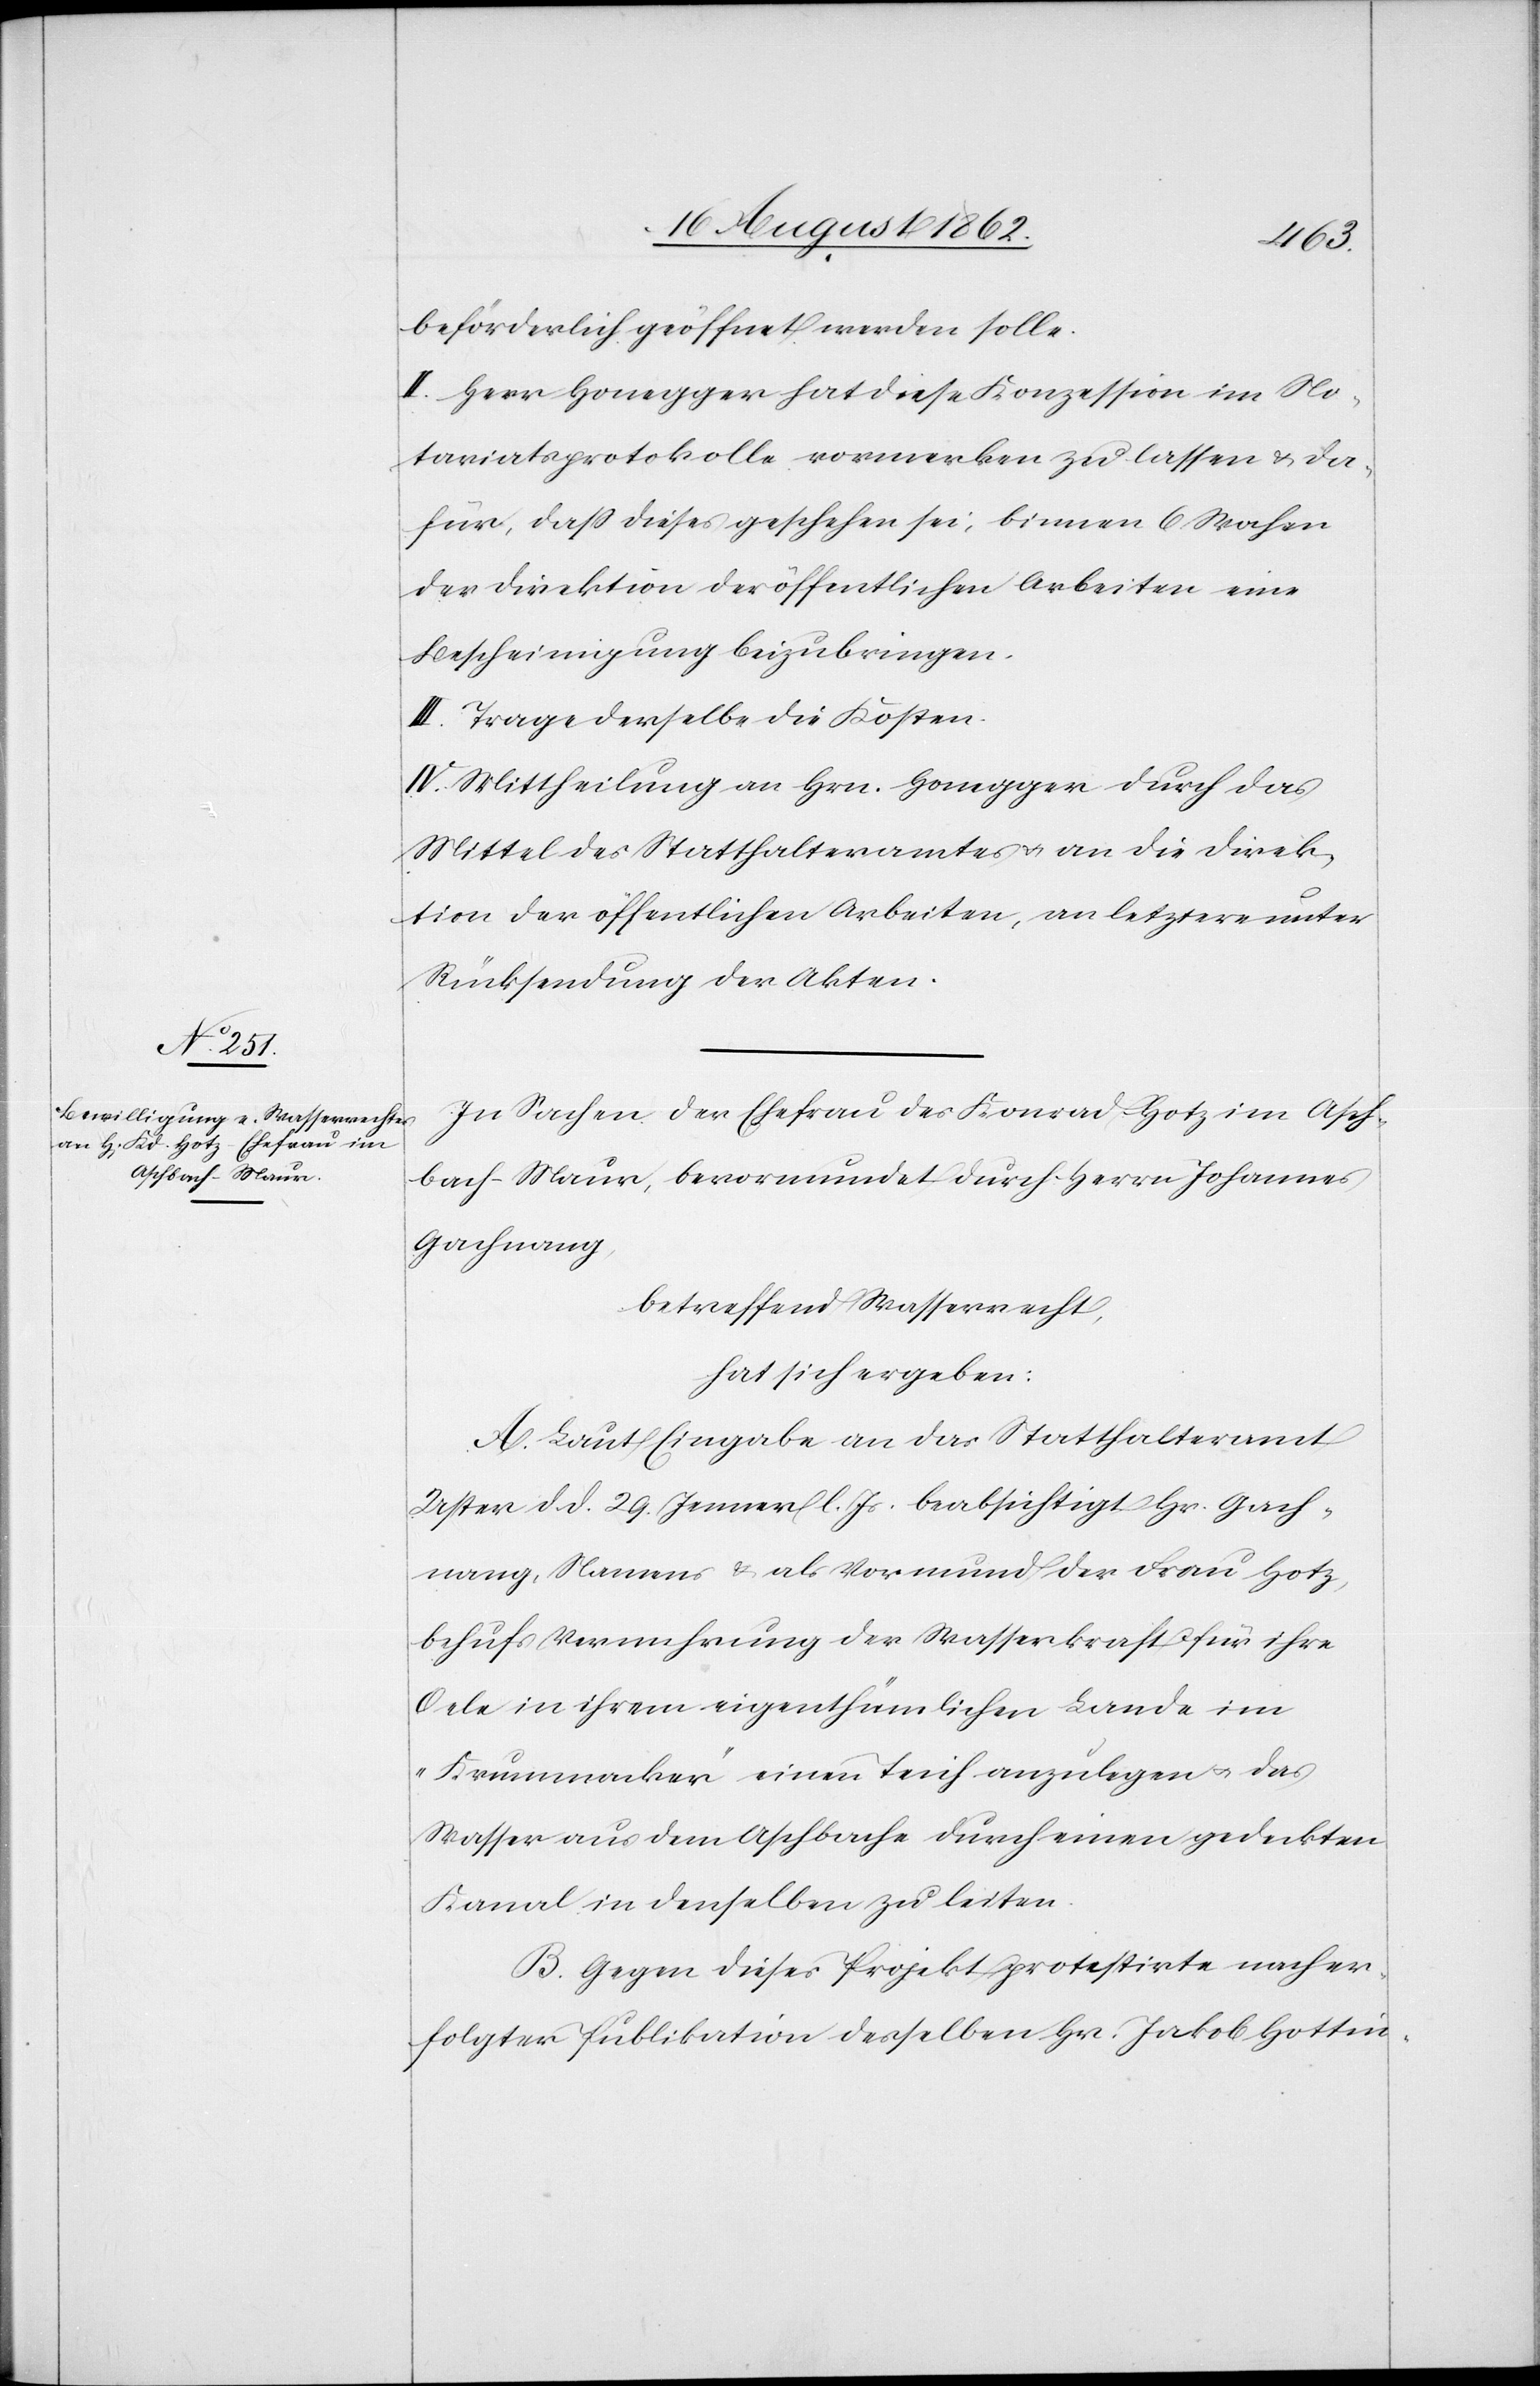
beförderlich geöffnet werden solle.
II. Herr Honegger hat diese Konzession im No¬
tariatsprotokolle vormerken zu lassen u. da¬
für, daß dieses geschehen sei, binnen 6 Wochen
der Direktion der öffentlichen Arbeiten eine
Bescheinigung beizubringen.
III. Trage derselbe die Kosten.
IV. Mittheilung an Hrn. Honegger durch das
Mittel des Statthalteramtes u. an die Direk¬
tion der öffentlichen Arbeiten, an letztere unter
Rücksendung der Akten.
In Sachen der Ehefrau Konrad Hotz im Asch¬
bach-Maur, bevormundet durch Herrn Johannes
Gachnang,
betreffend Wasserrecht,
hat sich ergeben:
A. Laut Eingabe an das Statthalteramt
Uster d. d. 29. Jenner l. Js. beabsichtigt Hr. Gach¬
nang, Namens u. als Vormund der Frau Hotz,
behufs Vermehrung der Wasserkraft für ihre
Oele in ihrem eigenthümlichen Lande im
„Krummacker“ einen Teich anzulegen u. das
Wasser aus dem Aschbache durch einen gedeckten
Kanal in desselben zu leiten.
B. Gegen dieses Projekt protestirte nach er¬
folgter Publikation desselben Hr. Jakob Hottin-